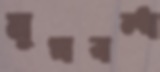
মুখবন্ধ